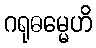
ဂရုဓမ္မေဟိ